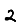
Digit: 2